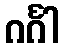
ဂင်္ဂါ